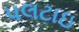
પલટાઇ